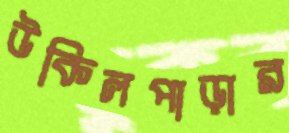
উকিলপাড়ার